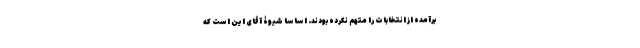
برآمده از انتخابات را متهم نکرده بودند. اساسا شیوۀ آقای این است که